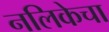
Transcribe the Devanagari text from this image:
नलिकेचा